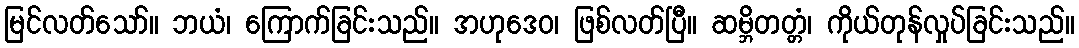
မြင်လတ်သော်။ ဘယံ၊ ကြောက်ခြင်းသည်။ အဟုဒေဝ၊ ဖြစ်လတ်ပြီ။ ဆမ္ဘိတတ္တံ၊ ကိုယ်တုန်လှုပ်ခြင်းသည်။